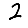
Digit: 2